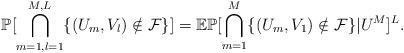
LaTeX: \begin{align*}\mathbb{P}[\bigcap_{m=1,l=1}^{M,L}\{(U_m,V_l)\notin \mathcal{F}\}]=\mathbb{E}\mathbb{P}[\bigcap_{m=1}^{M}\{(U_m,V_1)\notin \mathcal{F}\}|U^M]^L.\end{align*}